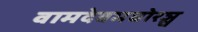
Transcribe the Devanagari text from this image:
वामदेवमघोरञ्च